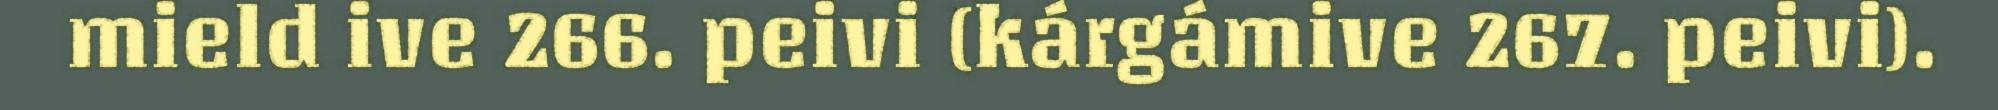
mield ive 266. peivi (kárgámive 267. peivi).